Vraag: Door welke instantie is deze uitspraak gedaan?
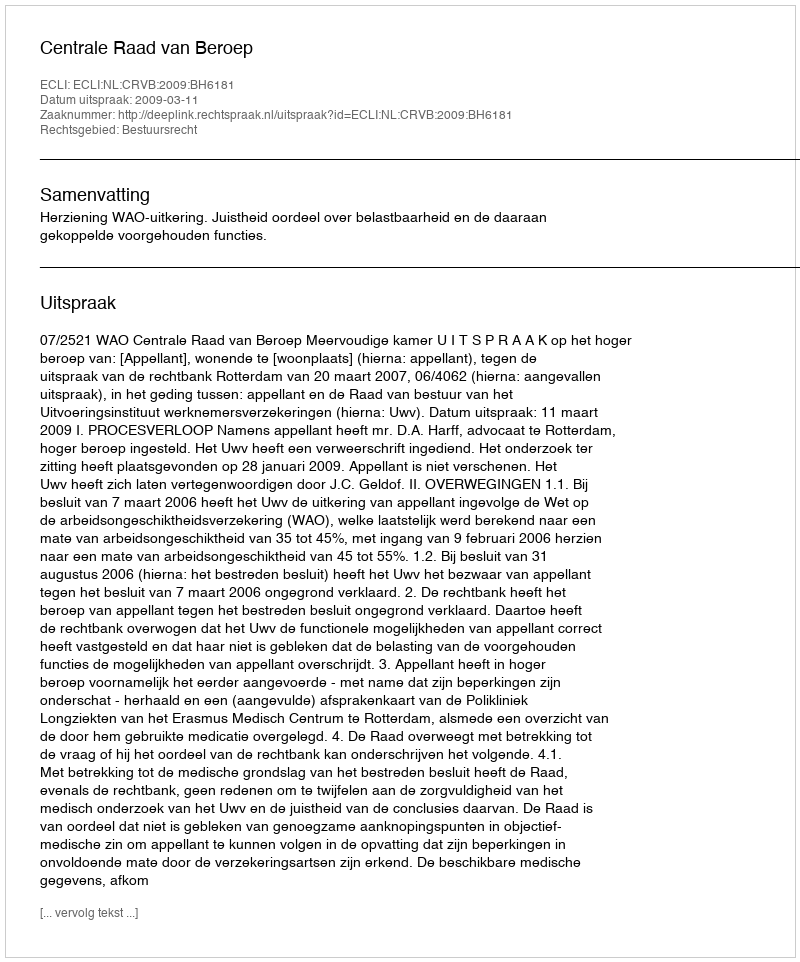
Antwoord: Centrale Raad van Beroep